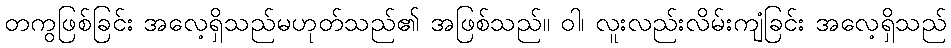
တကွဖြစ်ခြင်း အလေ့ရှိသည်မဟုတ်သည်၏ အဖြစ်သည်။ ဝါ၊ လူးလည်းလိမ်းကျံခြင်း အလေ့ရှိသည်